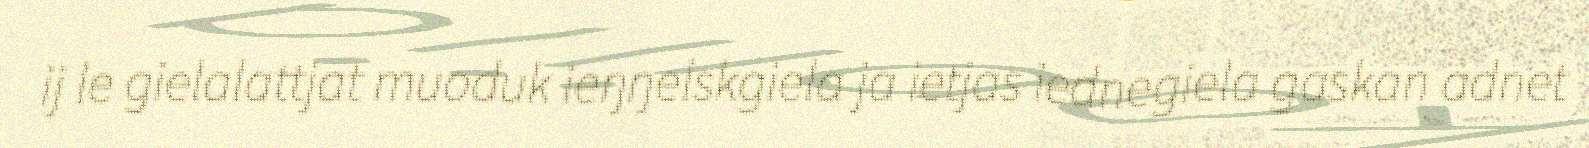
ij le gielalattjat muoduk ieŋŋelskgiela ja ietjas iednegiela gaskan adnet